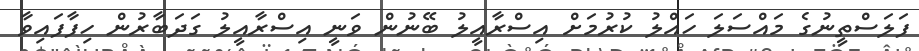
ފަލަސްތީނުގެ މައްސަލަ ހައްލު ކުރުމަށް އިސްރާއީލު ބޭނުން ވަނީ އިސްރާއީލު ގަދަބާރުން ހިފާފައިވާ